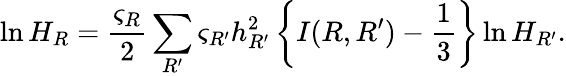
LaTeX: \ln H_{R}=\frac{\varsigma_{R}}{2}\sum_{R^{\prime}}\varsigma_{R^{\prime}}h_{R^{\prime}}^{2}\left\{ I(R,R^{\prime})-\frac{1}{3}\right\} \ln H_{R^{\prime}}.